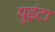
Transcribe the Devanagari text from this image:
युइंटा